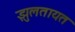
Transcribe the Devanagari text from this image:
झुलतायत